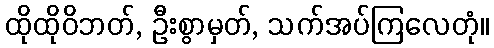
ထိုထိုဝိဘတ်, ဦးစွာမှတ်, သက်အပ်ကြလေတုံ။